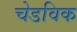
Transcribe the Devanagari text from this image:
चेडविक